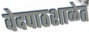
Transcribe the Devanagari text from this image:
वेदपाठशाळेत